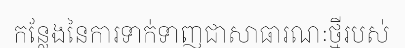
កន្លែងនៃការទាក់ទាញជាសាធារណៈថ្មីរបស់